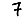
Digit: 7